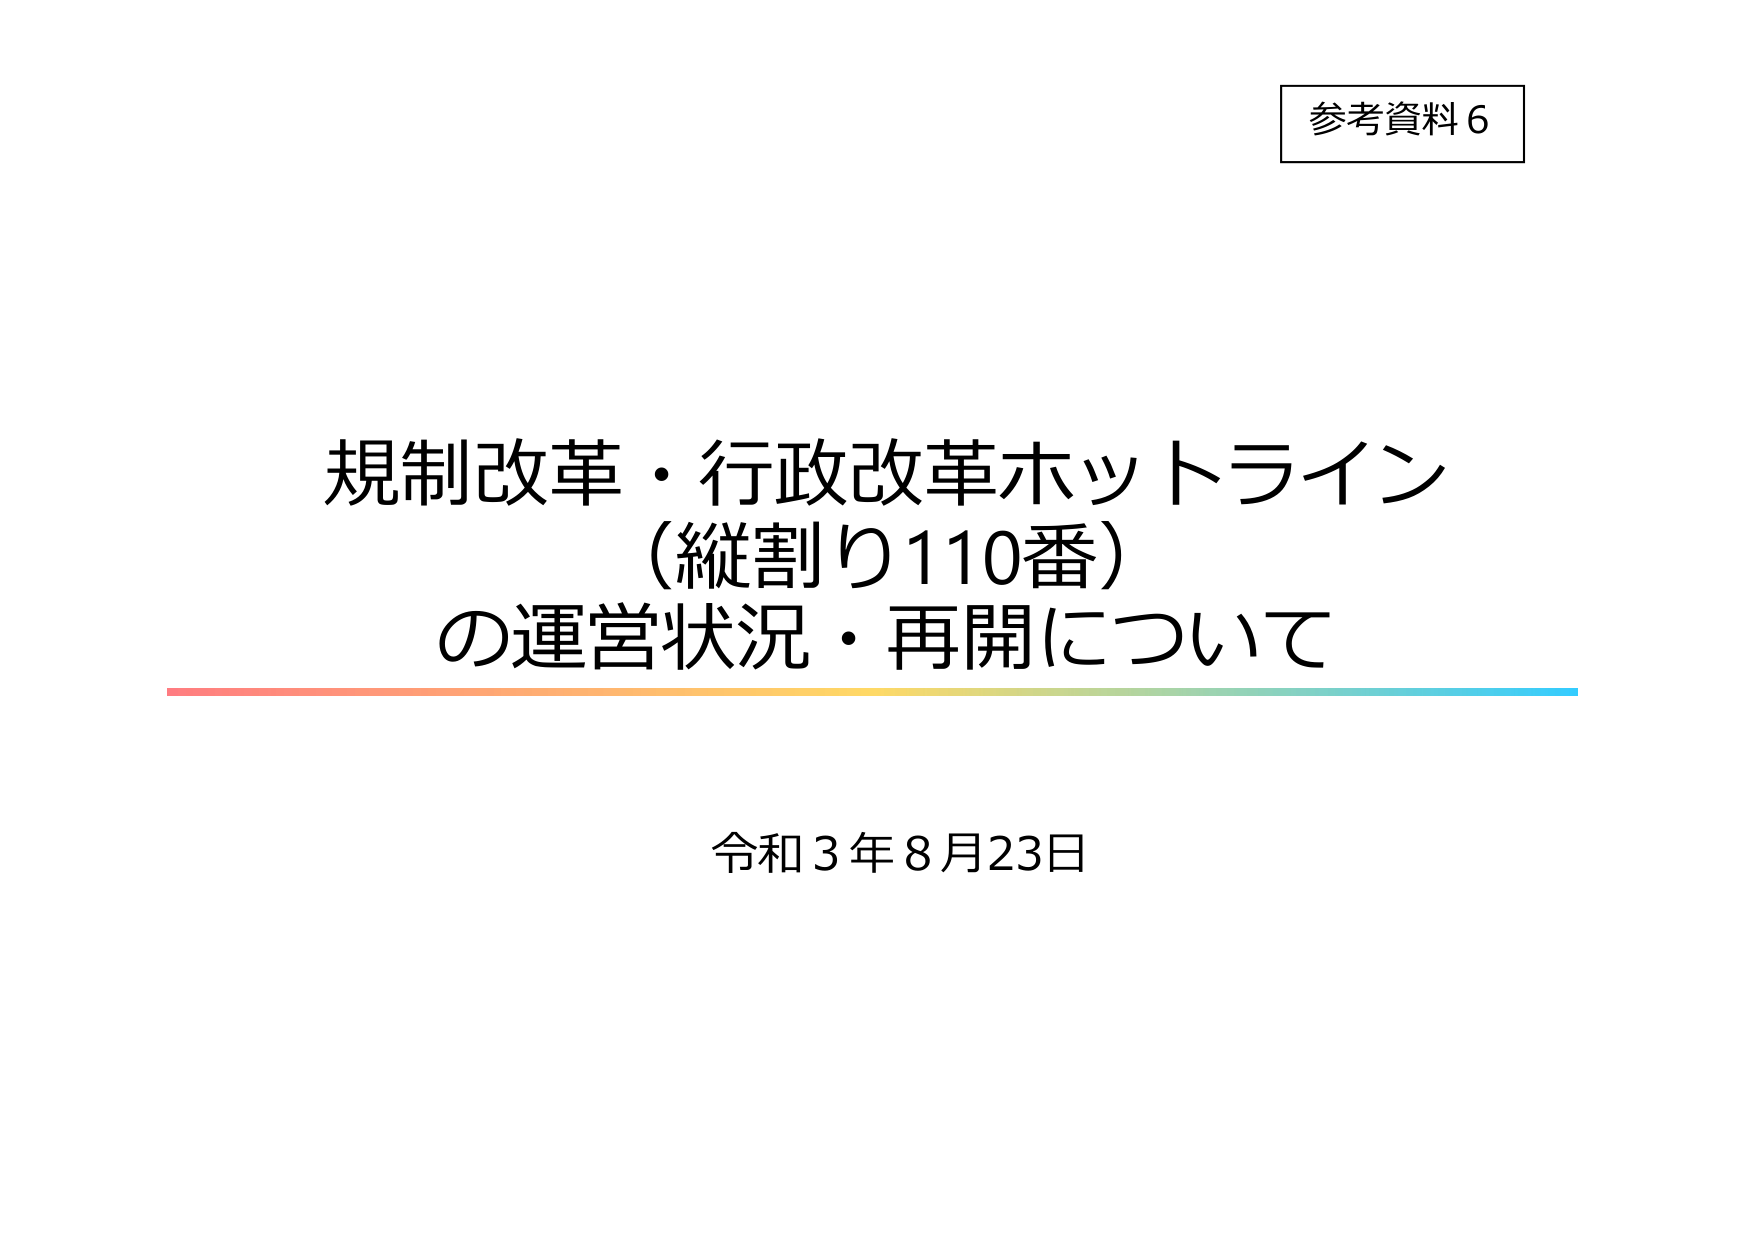
参考資料６

規制改革・行政改革ホットライン
（縦割り110番）
の運営状況・再開について

令和３年８月23日